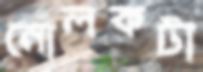
নোলকটা